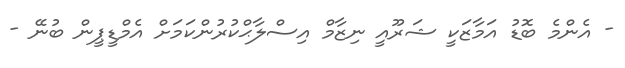
- އެންމެ ބޮޑު އަމާޒަކީ ޝަރޫއީ ނިޒާމް އިސްލާޙްކުރުންކަމަށް އެމްޑީޕީން ބުނޭ -